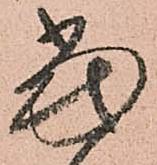
當